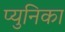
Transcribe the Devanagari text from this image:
प्युनिका